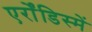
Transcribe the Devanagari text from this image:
एर्रोंडिस्में